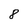
Character: 8